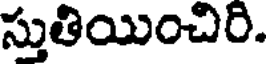
స్తుతియించిరి.